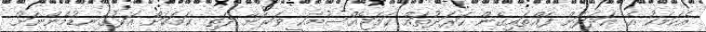
އެކަމަކު އެ އަދަދަށް ފައްތައިގެން ހަރަދުތައް ހަމަޖެއްސުމަކީ ވަރަށް ދަތި ކަމަކަށް އަޅުގަނޑުމެންނަށް